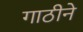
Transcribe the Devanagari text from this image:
गाठीने